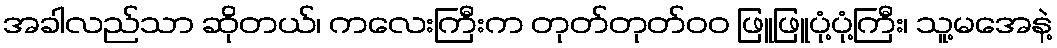
အခါလည်သာ ဆိုတယ်၊ ကလေးကြီးက တုတ်တုတ်၀၀ ဖြူဖြူပုံ့ပုံ့ကြီး၊ သူ့မအေနဲ့